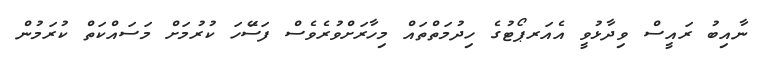
ނާއިބު ރައީސް ވިދާޅުވީ އެއަރޕޯޓުގެ ހިދުމަތްތައް މިހާރަށްވުރެވެސް ފަސޭަހަ ކުރުމަށް މަސައްކަތް ކުރަމުން